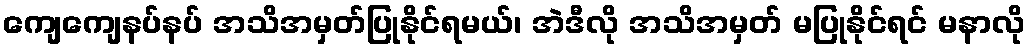
ကျေကျေနပ်နပ် အသိအမှတ်ပြုနိုင်ရမယ်၊ အဲဒီလို အသိအမှတ် မပြုနိုင်ရင် မနာလို